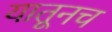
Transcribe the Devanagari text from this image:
यातूनच